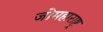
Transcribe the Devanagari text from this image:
जोमहाराष्ट्र